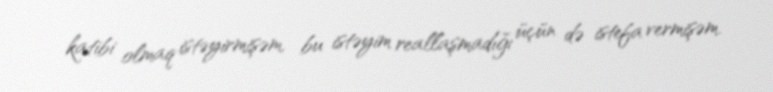
katibi olmaq istəyirmişəm, bu istəyim reallaşmadığı üçün də istefa vermişəm.